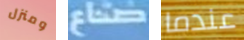
ومنزل صناع عندما